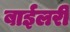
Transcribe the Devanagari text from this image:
बाईलरी